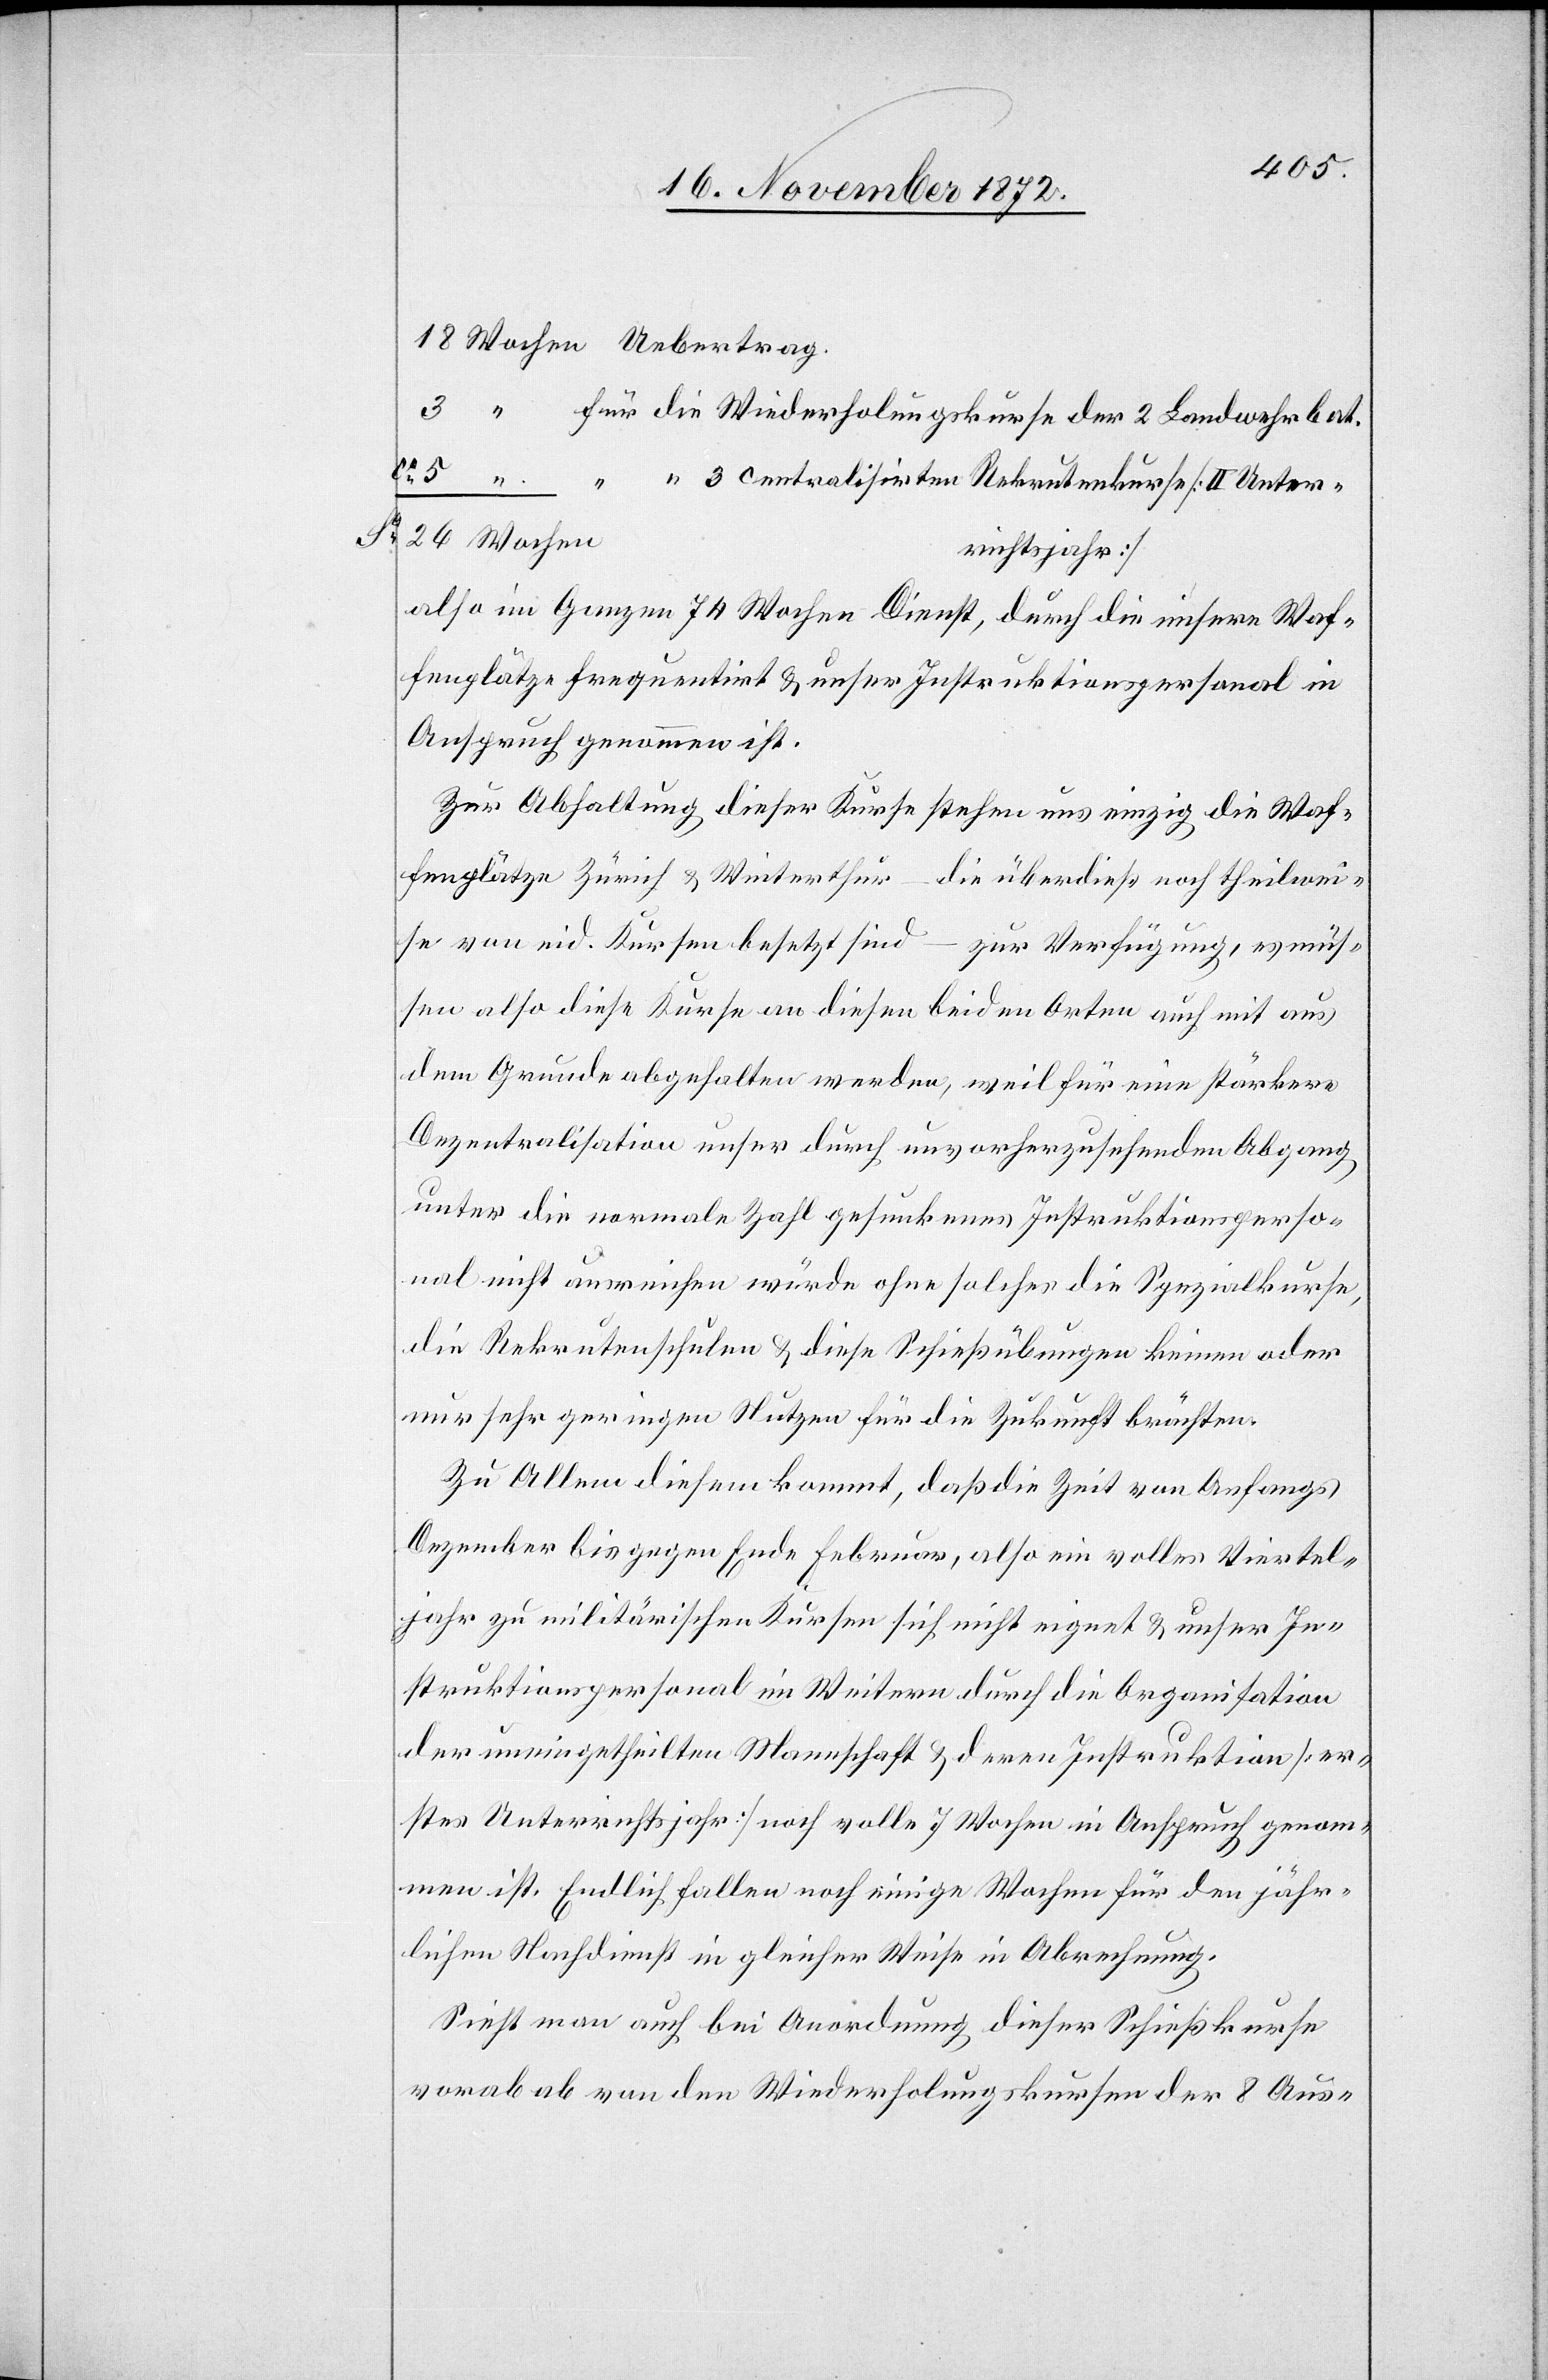
3

für die Wiederholungskurse der 2 Landwehrbat.
“ 3 centralisirten Rekrutenkurse [II Unter¬
richtsjahr]
also im Ganzen 74 Wochen Dienst, durch die unsere Waf¬
fenplätze frequentirt u. unser Instruktionspersonal in
Anspruch genommen ist.
Zur Abhaltung dieser Kurse stehen uns einzig die Waf¬
fenplätze Zürich u. Winterthur – die überdieß noch theilwei¬
se von eid. Kursen besetzt sind – zur Verfügung, es müs¬
sen also diese Kurse an diesen beiden Orten auch mit aus
dem Grunde abgehalten werden, weil für eine stärkere
Dezentralisation unser durch unvorherzusehenden Abgang
unter die normale Zahl gesunkenes Instruktionsperso¬
nal nicht ausreichen würde ohne solches die Spezialkurse,
die Rekrutenschulen u. diese Schießübungen keinen oder
nur sehr geringen Nutzen für die Zukunft brächten.
Zu Allem diesem kommt, daß die Zeit von Anfangs
Dezember bis Ende Februar, also ein volles Viertel¬
jahr zu militärischen Kursen sich nicht eignet u. unser In¬
struktionspersonal im Weitern durch die Organisation
der uneingetehilten Mannschaft u. deren Instruktion [er¬
stes Unterrichtsjahr] noch volle 7 Wochen in Anspruch genom¬
men ist. Endlich fallen noch einige Wochen für den jähr¬
lichen Nachdienst in gleicher Weise in Abrechnung.
Sieht man auch bei Anordnung dieser Schießkurse
vorab ab von den Wiederholungskursen der 8 Aus-